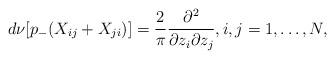
LaTeX: \begin{align*} d\nu[p_-(X_{ij}+X_{ji})]=\frac{2}{\pi}\frac{\partial^2}{\partial z_i\partial z_j},i,j=1,\ldots, N,\end{align*}